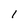
Character: I